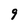
Character: 9